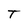
Character: T